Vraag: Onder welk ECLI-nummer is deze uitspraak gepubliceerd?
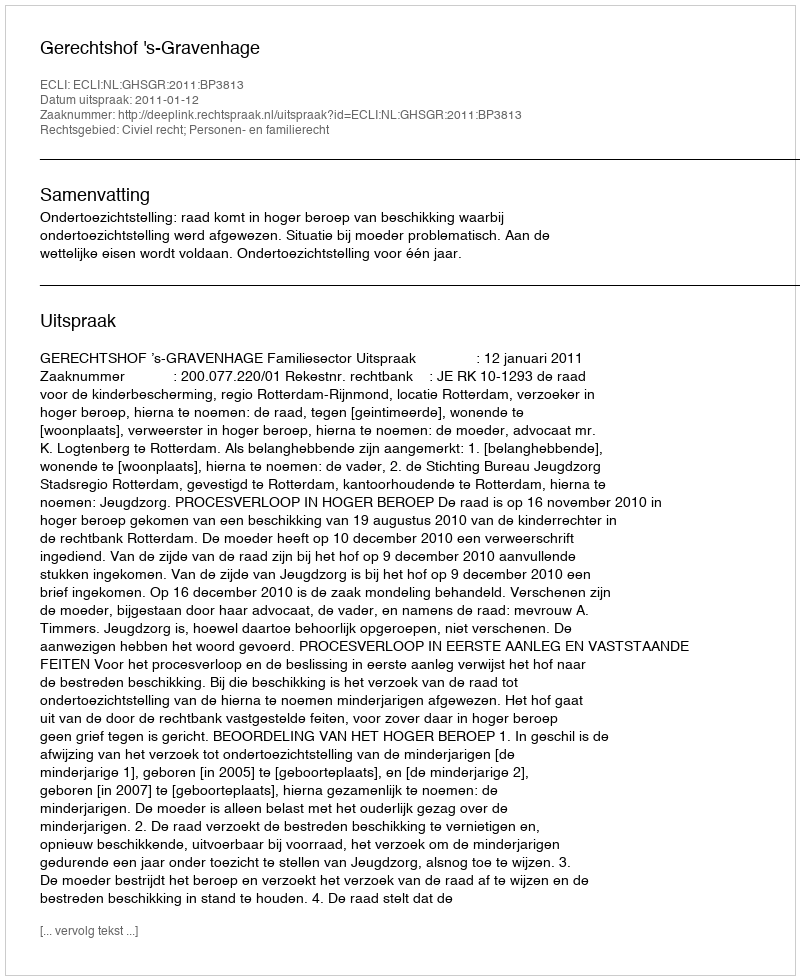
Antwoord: ECLI:NL:GHSGR:2011:BP3813